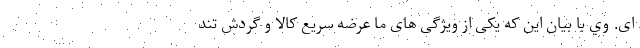
ای. وي با بيان اين كه یکی از ویژگی های ما عرضه سریع کالا و گردش تند